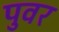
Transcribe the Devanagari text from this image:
पुवर